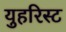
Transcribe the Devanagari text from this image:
युहरिस्ट